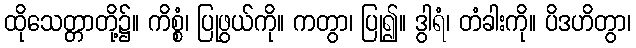
ထိုသေတ္တာတို့၌။ ကိစ္စံ၊ ပြုဖွယ်ကို။ ကတွာ၊ ပြု၍။ ဒွါရံ၊ တံခါးကို။ ပိဒဟိတွာ၊